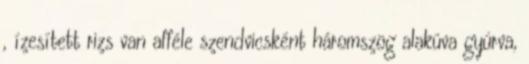
, ízesített rizs van afféle szendvicsként háromszög alakúva gyúrva,